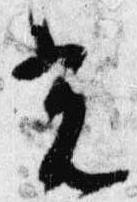
光